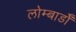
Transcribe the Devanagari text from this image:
लोम्बार्डों